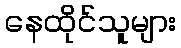
နေထိုင်သူများ